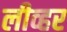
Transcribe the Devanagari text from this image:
लीव्हर